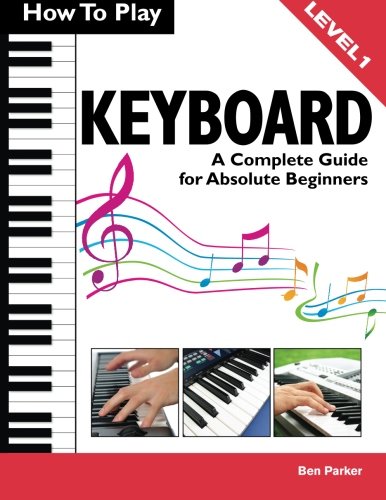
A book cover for How To Play Keyboard: A Complete Guide for Absolute Beginners; Ben Parker; Humor & Entertainment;